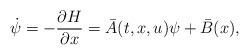
LaTeX: \begin{align*}\dot{\psi}=-\frac{\partial H}{ \partial x}=\bar{A}(t,x,u)\psi+\bar{B}(x),\end{align*}